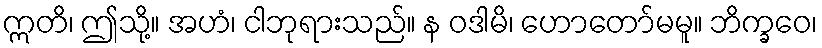
ဣတိ၊ ဤသို့။ အဟံ၊ ငါဘုရားသည်။ န ဝဒါမိ၊ ဟောတော်မမူ။ ဘိက္ခဝေ၊